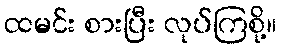
ထမင်း စားပြီး လုပ်ကြစို့။